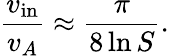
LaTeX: {\frac{v_{\mathrm{in}}}{v_{A}}}\approx{\frac{\pi}{8\ln S}}.